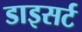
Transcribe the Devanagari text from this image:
डाइसर्ट